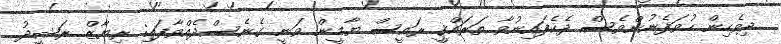
ދިވެހިން ހުވަފެނުންވެސް ދެކެފައިނުވާ ތަރައްޤީ ރައީސް ޔާމީން ވަނީ ގެނެސްދެއްވާފައި: ރިޔާޒް ރަޝީދު